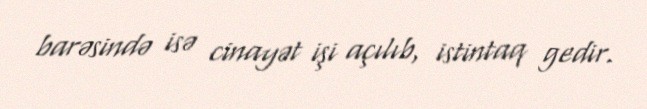
barəsində isə cinayət işi açılıb, istintaq gedir.